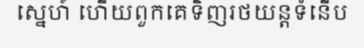
ស្នេហ៍ ហើយពួកគេទិញរថយន្តទំនើប